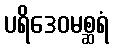
ပရိဒေဝမစ္ဆရံ